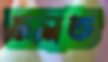
ঢলত